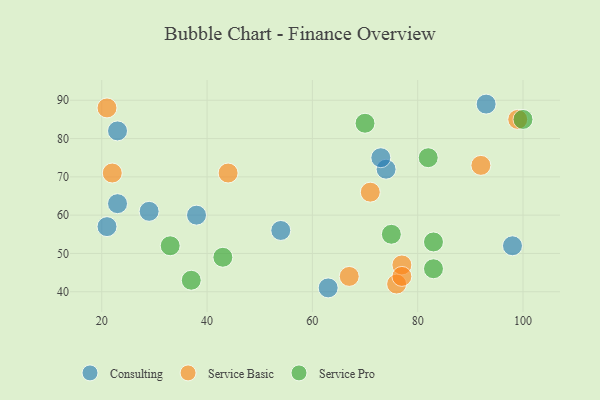
{"axis": {"x": "GDP", "y": "Life Expectancy"}, "legend": ["Consulting", "Service Basic", "Service Pro"], "data": [{"x": "74", "y": 72, "type": "Consulting"}, {"x": "98", "y": 52, "type": "Consulting"}, {"x": "54", "y": 56, "type": "Consulting"}, {"x": "23", "y": 82, "type": "Consulting"}, {"x": "93", "y": 89, "type": "Consulting"}, {"x": "63", "y": 41, "type": "Consulting"}, {"x": "73", "y": 75, "type": "Consulting"}, {"x": "29", "y": 61, "type": "Consulting"}, {"x": "38", "y": 60, "type": "Consulting"}, {"x": "21", "y": 57, "type": "Consulting"}, {"x": "23", "y": 63, "type": "Consulting"}, {"x": "76", "y": 42, "type": "Service Basic"}, {"x": "44", "y": 71, "type": "Service Basic"}, {"x": "99", "y": 85, "type": "Service Basic"}, {"x": "77", "y": 47, "type": "Service Basic"}, {"x": "22", "y": 71, "type": "Service Basic"}, {"x": "77", "y": 44, "type": "Service Basic"}, {"x": "92", "y": 73, "type": "Service Basic"}, {"x": "21", "y": 88, "type": "Service Basic"}, {"x": "71", "y": 66, "type": "Service Basic"}, {"x": "67", "y": 44, "type": "Service Basic"}, {"x": "37", "y": 43, "type": "Service Pro"}, {"x": "33", "y": 52, "type": "Service Pro"}, {"x": "100", "y": 85, "type": "Service Pro"}, {"x": "70", "y": 84, "type": "Service Pro"}, {"x": "75", "y": 55, "type": "Service Pro"}, {"x": "83", "y": 53, "type": "Service Pro"}, {"x": "82", "y": 75, "type": "Service Pro"}, {"x": "43", "y": 49, "type": "Service Pro"}, {"x": "83", "y": 46, "type": "Service Pro"}]}